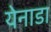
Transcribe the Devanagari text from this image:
येनाडा